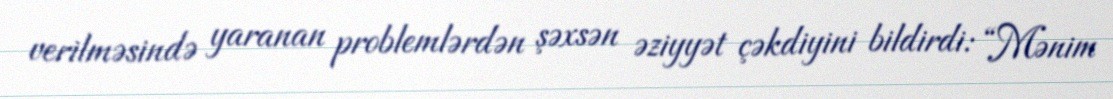
verilməsində yaranan problemlərdən şəxsən əziyyət çəkdiyini bildirdi: “Mənim